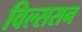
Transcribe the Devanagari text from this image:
विल्ससन